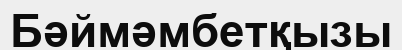
Бәймәмбетқызы